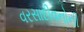
વરસાદીવનોની